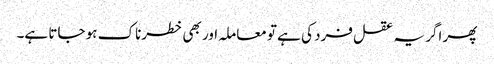
پھر اگر یہ عقل فرد کی ہے تو معاملہ اور بھی خطرناک ہو جاتا ہے۔